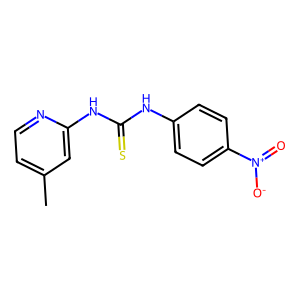
SMILES: Cc1ccnc(NC(=S)Nc2ccc([N+](=O)[O-])cc2)c1
Inhibits HIV replication: No